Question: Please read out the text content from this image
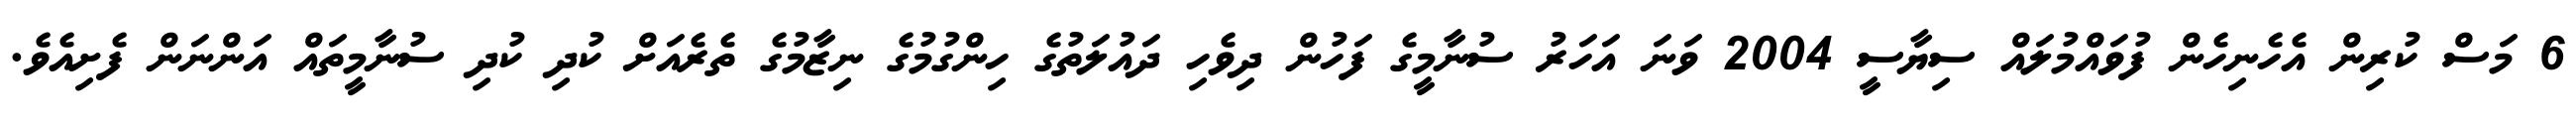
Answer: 6 މަސް ކުރިން އެހެނިހެން ފުވައްމުލައް ސިޔާސީ 2004 ވަނަ އަހަރު ސުނާމީގެ ފަހުން ދިވެހި ދައުލަތުގެ ހިންގުމުގެ ނިޒާމުގެ ތެރެއަށް ކުދި ކުދި ސުނާމީތައް އަންނަން ފެށިއެވެ.